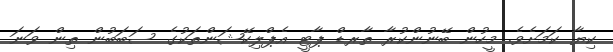
ކިޔާ ކަމަށެވެ. މީހުން ބޭނުންކުރާ ތާރޑް ޕާޓީ އެޕްލިކޭޝަންތަކުގެ ސަބަބުން ތިން ވަނަ